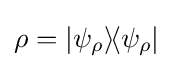
\rho =|\psi _{\rho }\rangle \!\langle \psi _{\rho }|